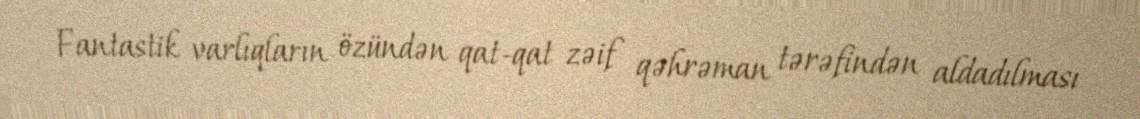
Fantastik varlıqların özündən qat-qat zəif qəhrəman tərəfindən aldadılması